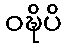
ဝဍ္ဎိပိ